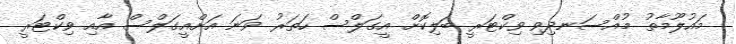
މައުލޫމާތު މުއްސަނދިވި ވިކްޓަރީ ބަލިކޮށް އީގަލްސް ހަތަރު ވަނަ އަށްއީގަލްސް އާއި ވިކްޓަރީ